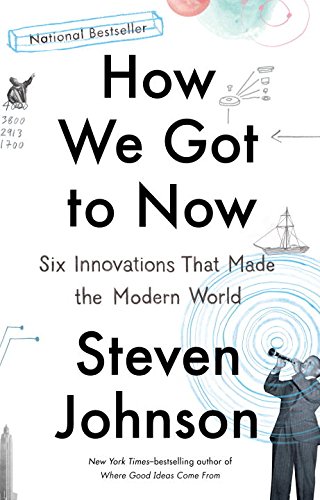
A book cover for How We Got to Now: Six Innovations That Made the Modern World; Steven Johnson; Engineering & Transportation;